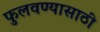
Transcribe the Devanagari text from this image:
फुलवण्यासाठी